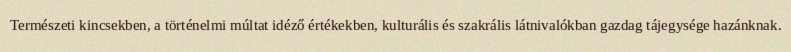
Természeti kincsekben, a történelmi múltat idéző értékekben, kulturális és szakrális látnivalókban gazdag tájegysége hazánknak.